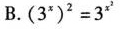
B. $$( 3 ^ { x } ) ^ { 2 } = 3 ^ { x ^ { 2 } }$$